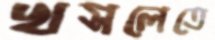
খসলেতে